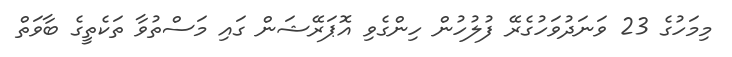
މިމަހުގެ 23 ވަނަދުވަހުގެރޭ ފުލުހުން ހިންގެވި އޮޕަރޭޝަން ގައި މަސްތުވާ ތަކެތީގެ ބާވަތް